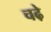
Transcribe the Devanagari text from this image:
चढे़